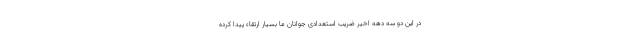
در این دو سه دهه اخیر ضریب استعدادی جوانان ما بسیار ارتقاء پیدا کرده